Vaccination in Bombay 1902-1912 - 1902-1912
Year: 1902
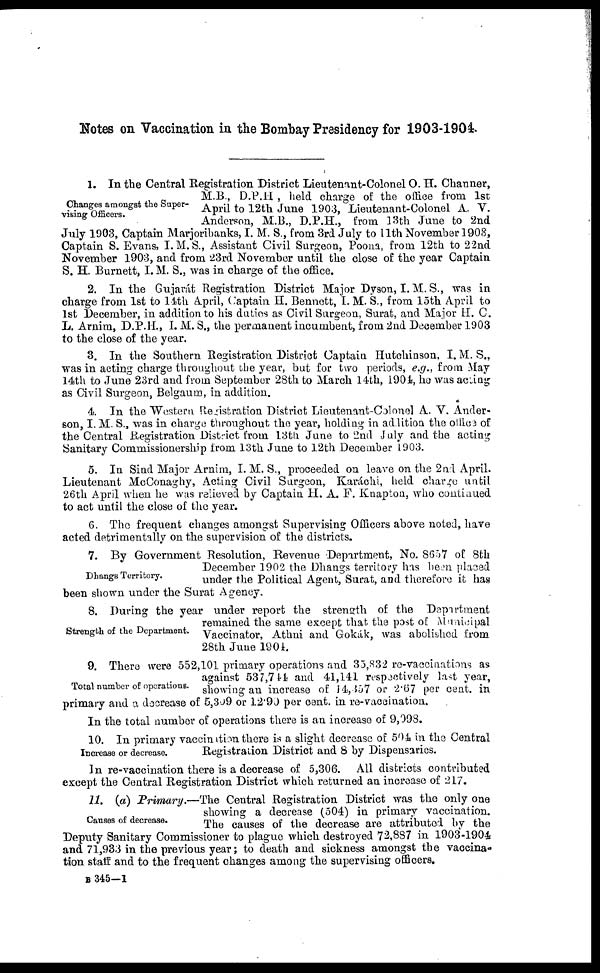
Notes on Vaccination in the Bombay Presidency for 1903-1904.
Changes amongst the Super-
vising Officers.
1. In the Central Registration District Lieutenant-Colonel O. H. Channer,
M.B., D.P.H , held charge of the office from 1st
April to 12th June 1903, Lieutenant-Colonel A. V.
Anderson, M.B., D.P.H., from 13th June to 2nd
July 1903, Captain Marjoribanks, I. M. S., from 3rd July to 11th November 1903,
Captain S. Evans, I.M.S., Assistant Civil Surgeon, Poona, from 12th to 22nd
November 1903, and from 23rd November until the close of the year Captain
S. H. Burnett, I. M. S., was in charge of the office.
2. In the Gujarát Registration District Major Dyson, I. M. S., was in
charge from 1st to 14th April, Captain H. Bennett, I. M. S., from 15th April to
1st December, in addition to his duties as Civil Surgeon, Surat, and Major H. C.
L. Arnim, D.P.H., I. M. S., the permanent incumbent, from 2nd December 1903
to the close of the year.
3. In the Southern Registration District Captain Hutchinson, I. M. S.,
was in acting charge throughout the year, but for two periods, e.g., from May
14th to June 23rd and from September 28th to March 14th, 1904, he was acting
as Civil Surgeon, Belgaum, in addition.
4. In the Western Registration District Lieutenant-Colonel A. V. Ander-
son, I. M. S., was in charge throughout the year, holding in addition the office of
the Central Registration District from 13th June to 2nd July and the acting
Sanitary Commissionership from 13th June to 12th December 1903.
5. In Sind Major Arnim, I. M. S., proceeded on leave on the 2nd April.
Lieutenant McConaghy, Acting Civil Surgeon, Karáchi, held charge until
26th April when he was relieved by Captain H. A. F. Knapton, who continued
to act until the close of the year.
6. The frequent changes amongst Supervising Officers above noted, have
acted detrimentally on the supervision of the districts.
Dhangs Territory.
7. By Government Resolution, Revenue Department, No. 8657 of 8th
December 1902 the Dhangs territory has been placed
under the Political Agent, Surat, and therefore it has
been shown under the Surat Agency.
Strength of the Department.
8. During the year under report the strength of the Department
remained the same except that the post of Municipal
Vaccinator, Athni and Gokák, was abolished from
28th June 1904.
Total number of operations.
9. There were 552,101 primary operations and 35,832 re-vaccinations as
against 537,744 and 41,141 respectively last year,
showing an increase of 14,357 or 2.67 per cent. in
primary and a decrease of 5,309 or 12.90 per cent. in re-vaccination.
In the total number of operations there is an increase of 9,098.
Increase or decrease.
10. In primary vaccination there is a slight decrease of 504 in the Central
Registration District and 8 by Dispensaries.
In re-vaccination there is a decrease of 5,306. All districts contributed
except the Central Registration District which returned an increase of 217.
Causes of decrease.
11. (a) Primary.—The Central Registration District was the only one
showing a decrease (504) in primary vaccination.
The causes of the decrease are attributed by the
Deputy Sanitary Commissioner to plague which destroyed 72,887 in 1903-1904
and 71,933 in the previous year ; to death and sickness amongst the vaccina-
tion staff and to the frequent changes among the supervising officers.
B 345—1